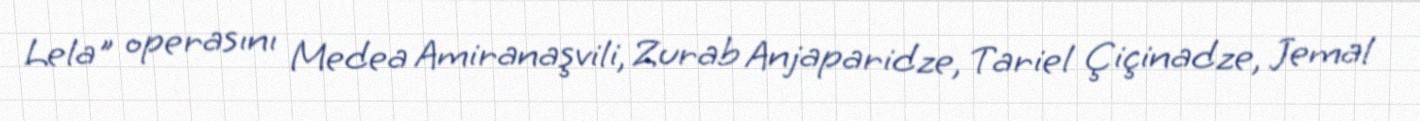
Lela" operasını Medea Amiranaşvili, Zurab Anjaparidze, Tariel Çiçinadze, Jemal